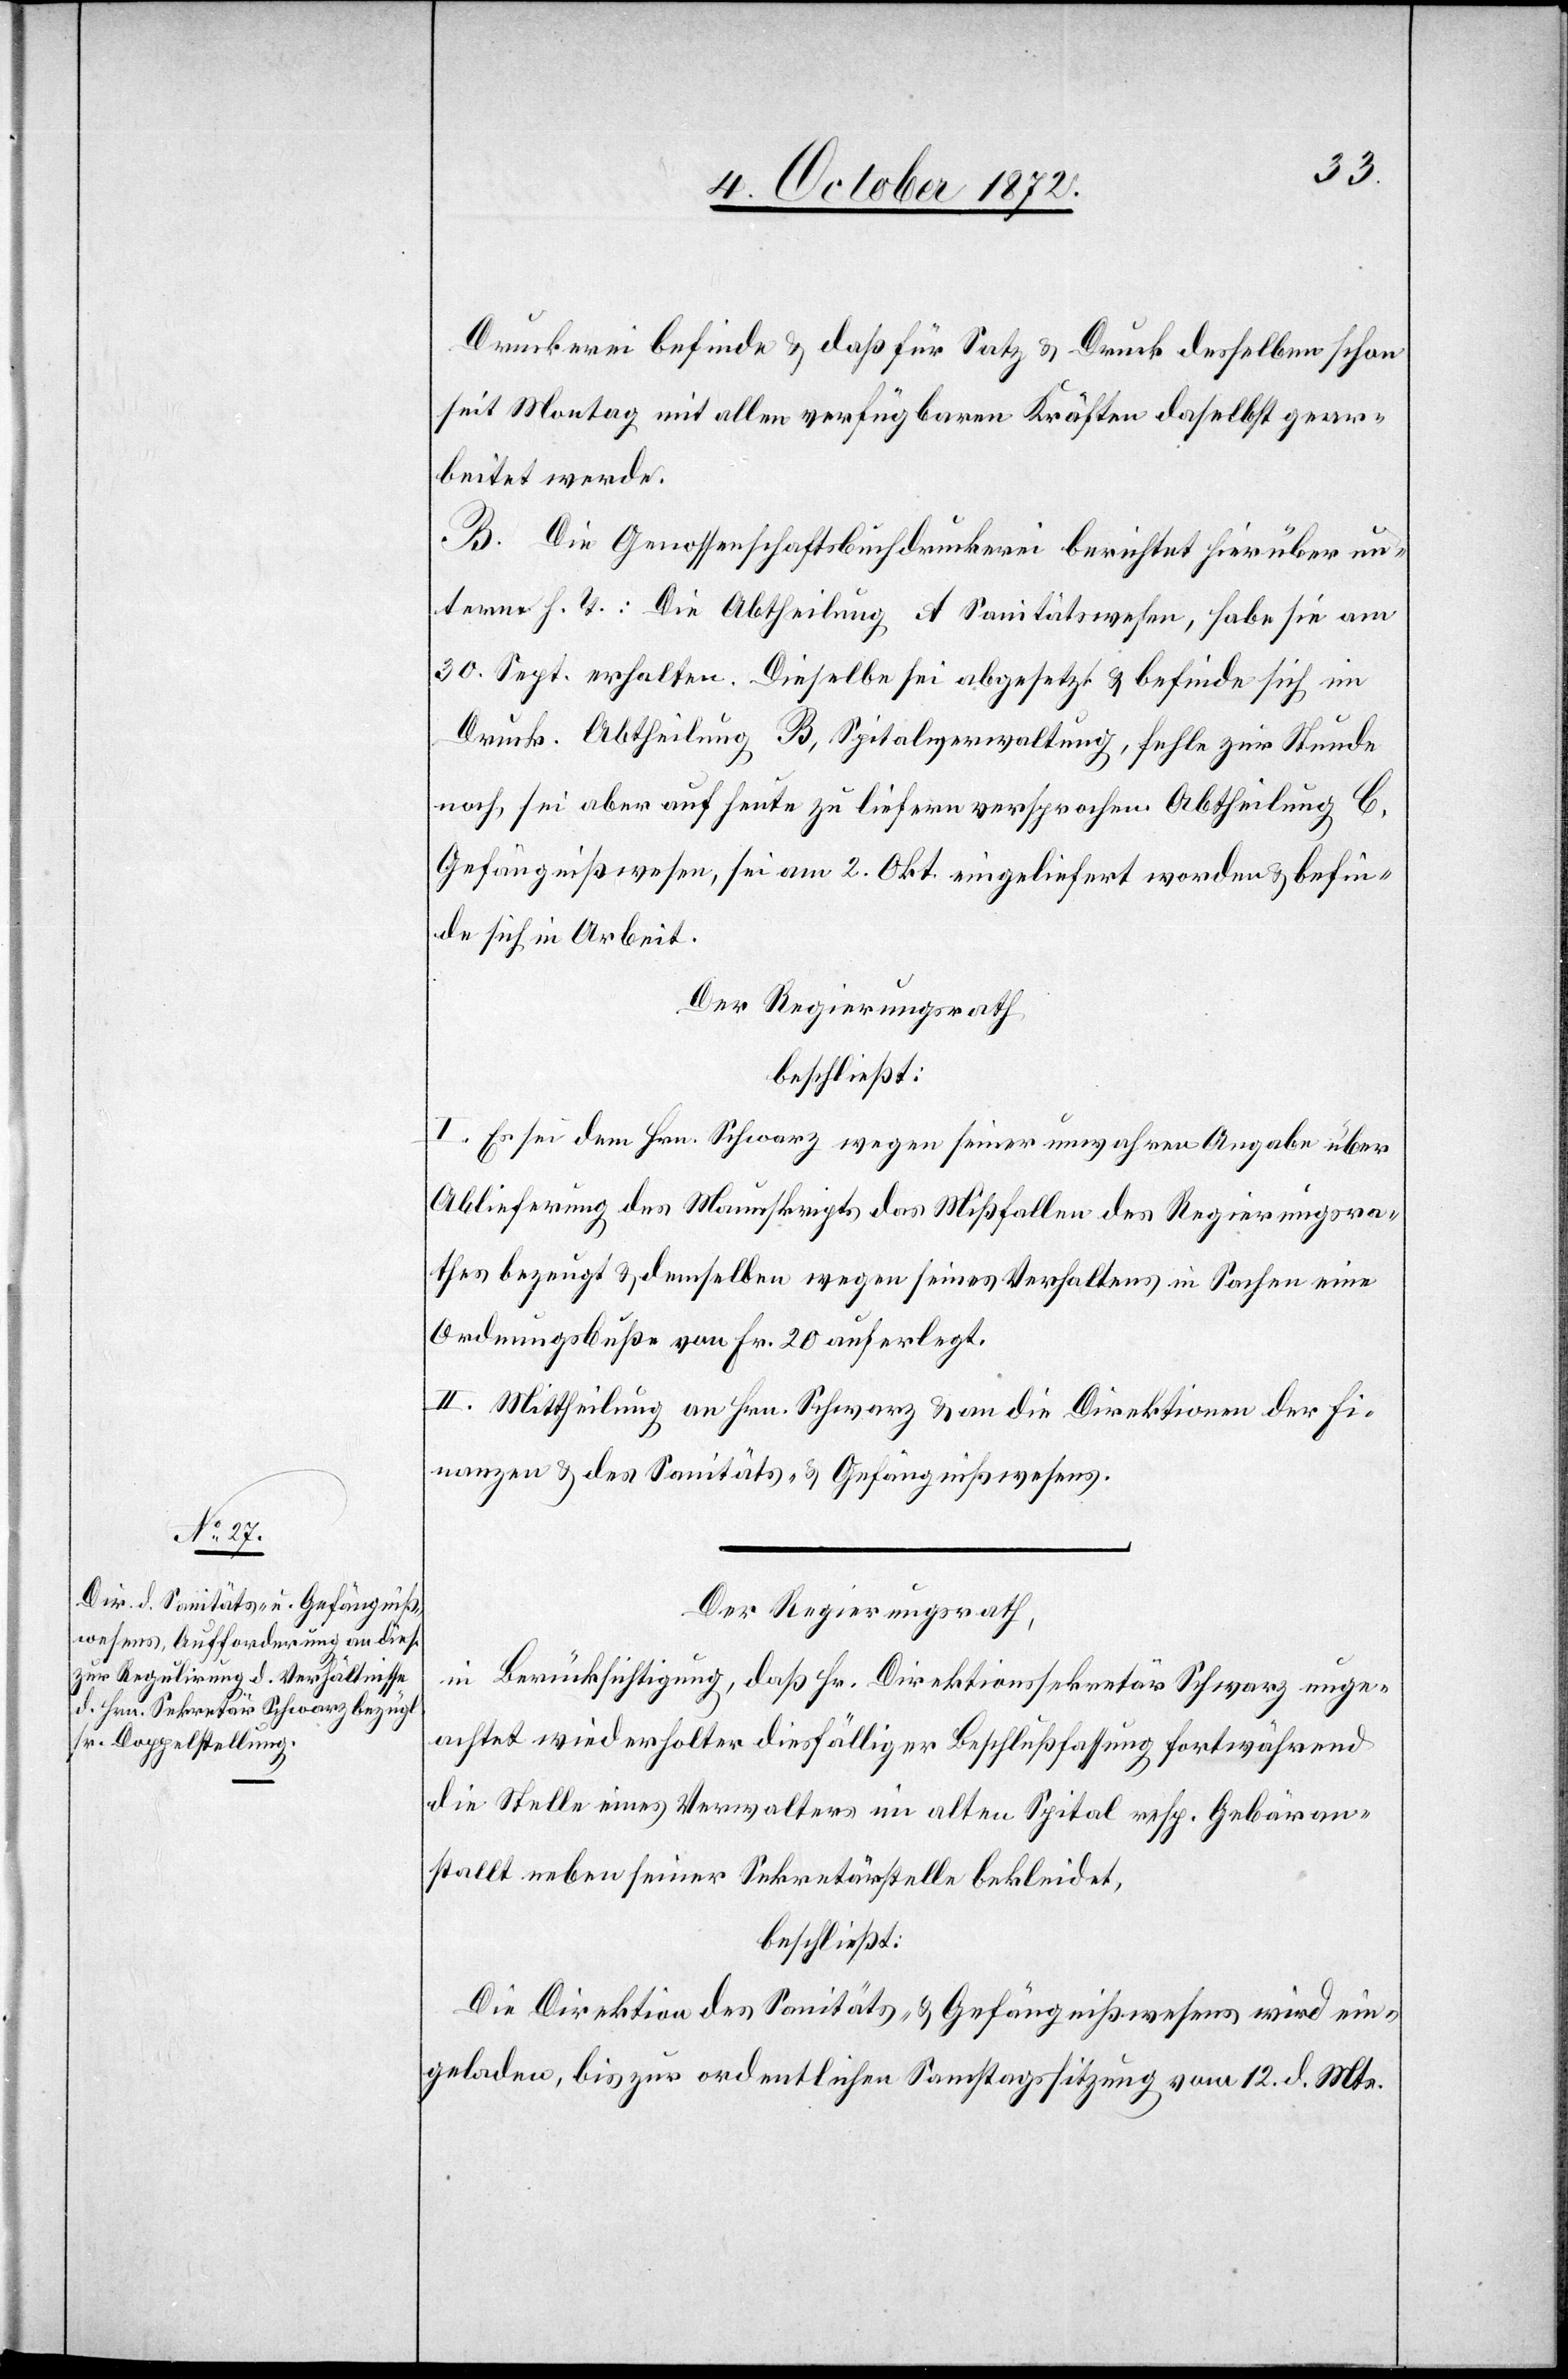
Druckerei befinde u. daß für Satz u. Druck desselben schon
seit Montag mit allen verfügbaren Kräften daselbst gear¬
beitet werde.[“]
B. Die Genossenschaftsbuchdruckerei berichtet hierüber un¬
term h. T.: Die Abtheilung A Sanitätswesen, habe sie am
30. Sept. erhalten. Dieselbe sei abgesetzt u. befinde sich im
Druck. Abtheilung B, Spitalverwaltung, fehle zur Stunde
noch, sei aber auf heute zu liefern versprochen Abtheilung C,
Gefängnißwesen, sei am 2. Okt. eingeliefert worden u. befin¬
de sich in Arbeit.
Der Regierungsrath
beschließt:
I. Es sei dem Hrn. Schwarz wegen seiner unwahren Angabe über
Ablieferung des Manuskripts das Mißfallen des Regierungsra¬
thes bezeugt u. demselben wegen seines Verhaltes in Sachen eine
Ordnungsbuße von Fr. 20 auferlegt.
II. Mittheilung an Hrn. Schwarz u. an die Direktionen der Fi¬
nanzen u. des Sanitäts- u. Gefängnißwesens.
Der Regierungsrath,
in Berücksichtigung, daß Hr. Direktionssekretär Schwarz unge¬
achtet wiederholter diesfälliger Beschlußfassung fortwährend
die Stelle eines Verwalters im alten Spital resp. Gebäran¬
stallt [sic!] neben seiner Sekretärstelle bekleidet,
beschließt:
Die Direktion des Sanitäts- u. Gefängnißwesens wird ein¬
geladen, bis zur ordentlichen Samstagssitzung vom 12. d. Mts.